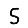
Digit: 5